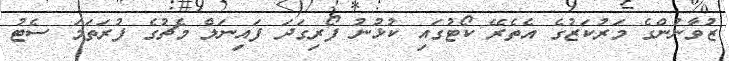
ޒުވާނުންގެ މަރުކަޒުގެ އެތެރޭ ކޯޓުގައި ކުޅުނު ފޯރިގަދަ ފައިނަލް މެޗުގެ ފުރަތަމަ ސެޓު